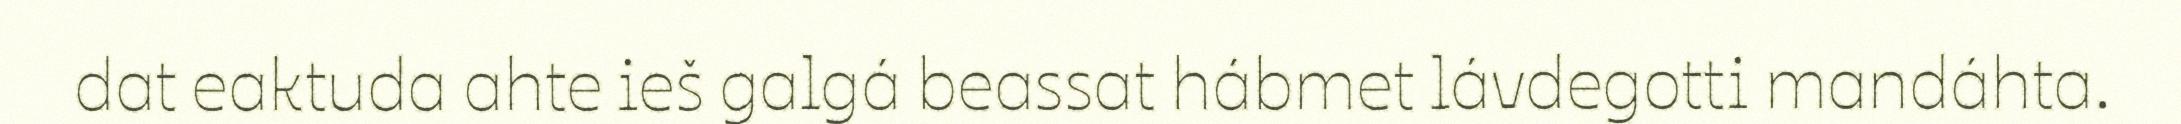
dat eaktuda ahte ieš galgá beassat hábmet lávdegotti mandáhta.